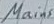
Text: Mains